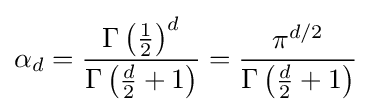
\alpha _{d}={\frac {\Gamma \left({\frac {1}{2}}\right)^{d}}{\Gamma \left({\frac {d}{2}}+1\right)}}={\frac {\pi ^{d/2}}{\Gamma \left({\frac {d}{2}}+1\right)}}